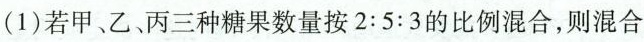
（1）若甲、乙、丙三种糖果数量按2:5:3的比例混合，则混合